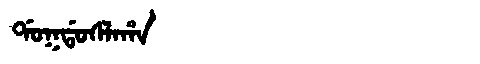
Manchu: ᡩᠣᡴᡩᠣᠰᠯᠠᡥᠠ
Romanization: DOKDOSLAHA